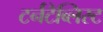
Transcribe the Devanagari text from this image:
टर्नटैब्लिस्ट